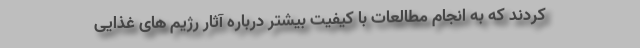
کردند که به انجام مطالعات با کیفیت بیشتر درباره آثار رژیم های غذایی